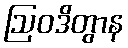
ဩဝဒိတွာန